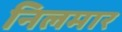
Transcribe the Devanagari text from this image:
निलमार